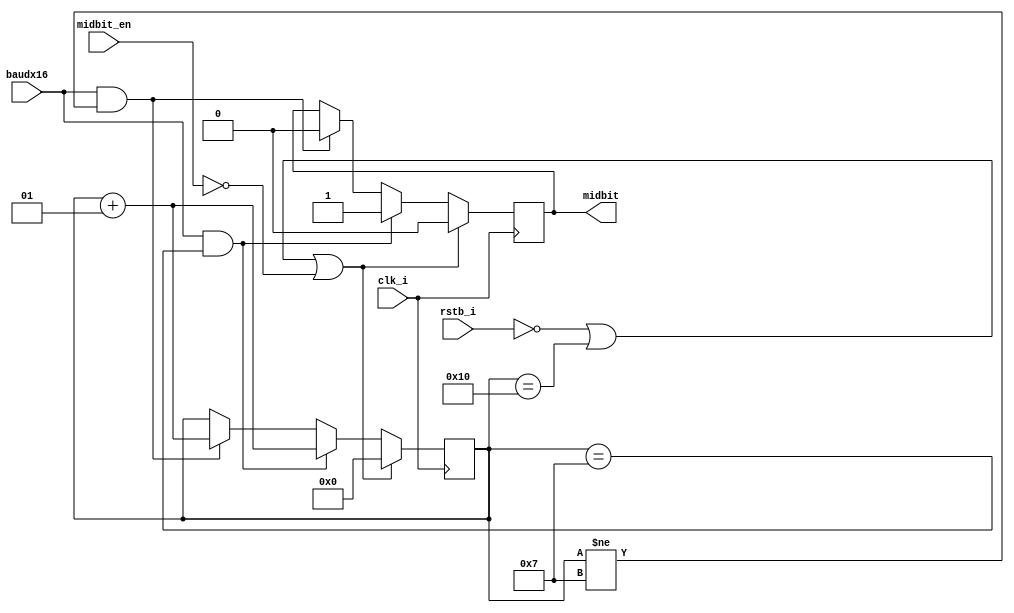
`timescale 1ns / 1ps
//////////////////////////////////////////////////////////////////////////////////
// Company: 
// Engineer: 
// 
// Design Name: 
// Module Name: UART_R_MidbitGenerator
//////////////////////////////////////////////////////////////////////////////////


module UART_R_MidbitGenerator(
    input clk_i,
    input rstb_i,
    input midbit_en,
    input baudx16,
    output reg midbit
    );
    
   integer counter = 0;
   
    always @(posedge clk_i) begin
        if(!rstb_i || counter == 16 || midbit_en==0) begin
            counter <= 0;
            midbit <= 0;
        end
        else if (baudx16 == 1 && counter == 7) begin
            counter <= counter +1;
            midbit <= 1;
        end
        else if (baudx16 == 1 && counter != 7) begin
            counter <= counter + 1;
            midbit <= 0;
        end
    end
endmodule